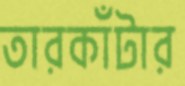
তারকাঁটার